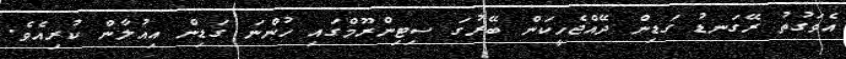
އެވަގުތު ރޭގަނޑު ގަޑިން ދޭއްޖެހީކަން ބޭރުގަ ސިޓިންރޫމްގައި ހުންނަ ގަޑިން އިއުލާން ކުރިއެވެ.